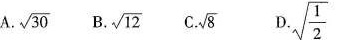
A. \sqrt{30} B. \sqrt{12}C. \sqrt{8}\sqrt{ \frac{1}{2}}